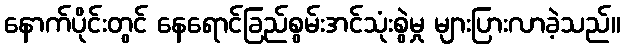
နောက်ပိုင်းတွင် နေရောင်ခြည်စွမ်းအင်သုံးစွဲမှု များပြားလာခဲ့သည်။